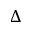
\Delta